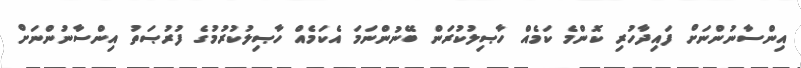
އިންސާނުންނަށް ފައިިދާހުރި ކޮންމެ ކަމެއް ހާޞިލުކުރަން ބޭނުންނަމަ އެކަމެއް ހާޞިލުކުރުމުގެ ފުރުޞަތު އިންސާނުންނަށް